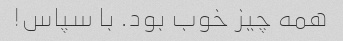
همه چیز خوب بود. با سپاس!